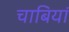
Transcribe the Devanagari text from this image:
चाबियां